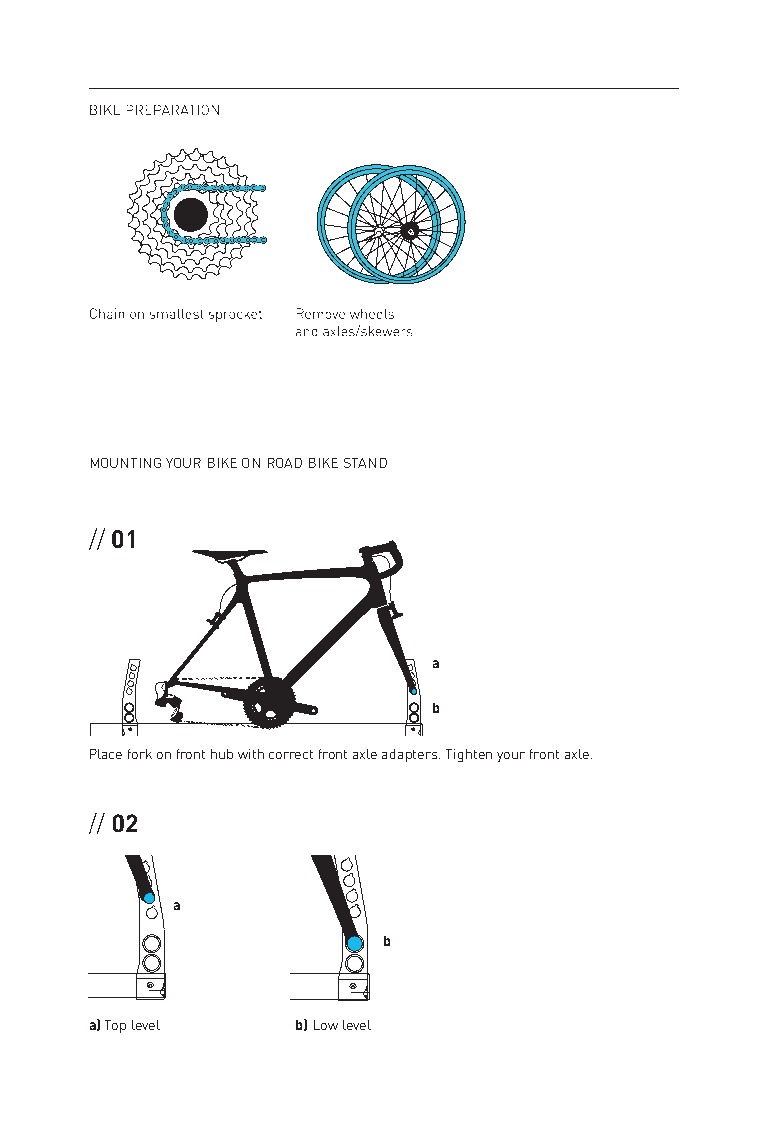
MOUNTING YOUR BIKE ON ROAD BIKE STAND
 // 01
 a
 b
 Place fork on front hub with correct front axle adapters. Tighten your front axle.
 // 02
 a
 b
 a) Top level  b) Low level